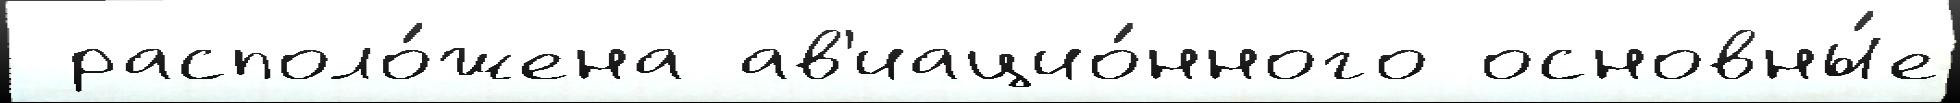
 располо́жена ав'иацио́нного основны́е